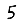
Digit: 5